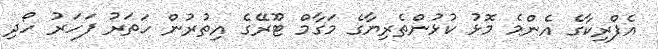
އެފްރިކާގެ އެންމެ މޮޅު ކުޅުންތެރިޔާގެ މަގާމް ޓޫރޭގެ އިތުރުން ހަތަރު ފަަހަރު ހޯދި